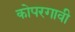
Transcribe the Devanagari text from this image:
कोपरगावी